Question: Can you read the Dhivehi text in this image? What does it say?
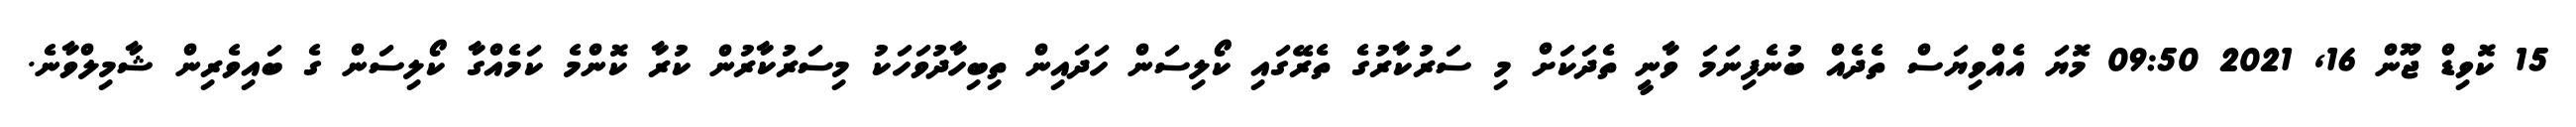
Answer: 15 ކޮވިޑް ޖޫން 16, 2021 09:50 މޮޔަ އެއްވިޔަސް ތެދެއް ބުނެފިނަމަ ވާނީ ތެދަކަށް މި ސަރުކާރުގެ ތެރޭގައި ކޯލިސަން ހަދައިން ތިބިހާދުވަހަކު މިސަރުކާރުން ކުރާ ކޮންމެ ކަމެއްގާ ކޯލިސަން ގެ ބައިވެރިން ޝާމިލްވާނެ.